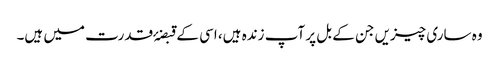
وہ ساری چیزیں جن کے بل پر آپ زندہ ہیں، اسی کے قبضۂ قدرت میں ہیں۔